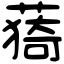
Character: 𦸒